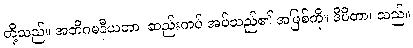
တို့သည်။ အဘိဂမနီယတာ၊ ဆည်းကပ် အပ်သည်၏ အဖြစ်ကို။ ဒီပိတာ၊ သည်။